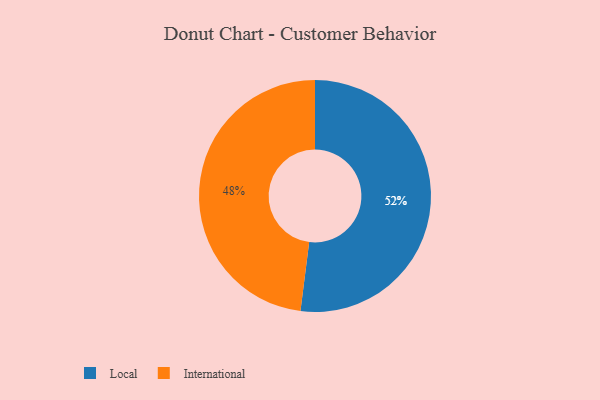
{"axis": {"x": "Category", "y": "Percentage"}, "legend": ["International", "Local"], "data": [{"x": "Local", "y": 52, "type": "Local"}, {"x": "International", "y": 48, "type": "International"}]}